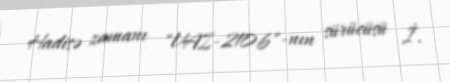
Hadisə zamanı "VAZ-2106"-nın sürücüsü İ.